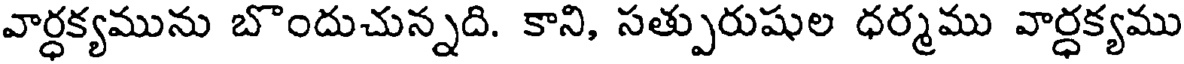
వార్ధక్యమును బొందుచున్నది. కాని, సత్పురుషుల ధర్మము వార్ధక్యము